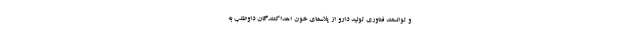
و توانستند فناوری تولید دارو از پلاسمای خون اهداکنندگان داوطلب به